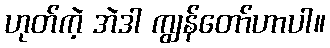
ဟုတ်ကဲ့ အဲဒါ ကျွန်တော်ဟာပါ။